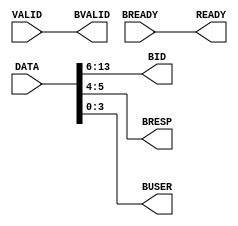
/* Company:
**
** Design Name:
** Module Name: WBackwardSeparater 
** Project Name: AXI4Bus
** Description:
**
** Dependencies:
**
** Revision:
** Revision 0.01 - File Created
** Additional Comments:
*/

`timescale 1ns / 1ps

module WBackwardSeparater
(
    input     [13:0] DATA,
    input            VALID,
    output           READY,

    output     [7:0] BID,
    output     [1:0] BRESP,
    output     [3:0] BUSER,
    output           BVALID,
    input            BREADY
);

assign {BID,BRESP,BUSER} = DATA;
assign READY = BREADY;
assign BVALID = VALID;

endmodule